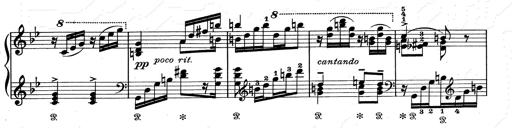
Title: Aus Lohengrin
Composer: Franz Liszt